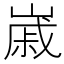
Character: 𡻷